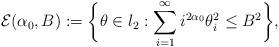
LaTeX: \begin{align*}\mathcal{E}(\alpha_{0},B):=\bigg{\{}\theta\in l_{2}:\sum_{i=1}^{\infty}i^{2\alpha_{0}}\theta^{2}_{i}\leq B^2\bigg{\}},\end{align*}